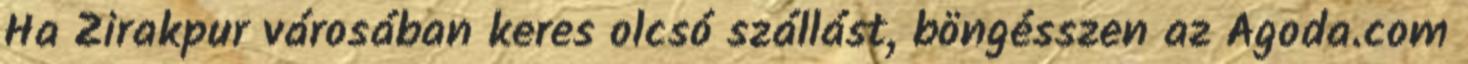
Ha Zirakpur városában keres olcsó szállást, böngésszen az Agoda.com